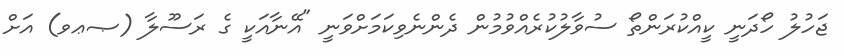
ޖަހުލު ހޯދަނީ ކީއްކުރަންތޯ ސުވާލުކުރެއްވުމުން ދެންނެވިކަމަށްވަނީ "އޭނާއަކީ ގެ ރަސޫލާ (ޞޢވ) އަށް